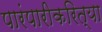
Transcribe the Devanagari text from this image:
पारंपारीकरित्या